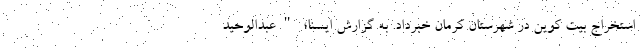
استخراج بیت کوین در شهرستان کرمان خبرداد. به گزارش ایسنا؛ "عبدالوحید